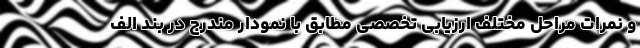
و نمرات مراحل مختلف ارزیابی تخصصی مطابق با نمودار مندرج در بند الف